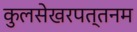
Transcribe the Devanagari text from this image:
कुलसेखरपत्तनम